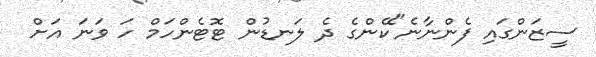
ސީޒަންގައި ފެންނާނެ"ކޭންގެ ދެ ލަނޑުން ޓޮޓެންހަމް ހަ ވަނަ އަށް